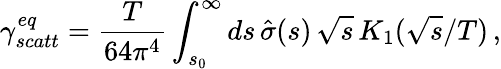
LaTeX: \gamma_{scatt}^{eq}=\frac{T}{64\pi^{4}}\int_{s_{0}}^{\infty}ds\, \hat{\sigma}(s)\, \sqrt{s}\, K_{1}(\sqrt{s}/T)\, ,